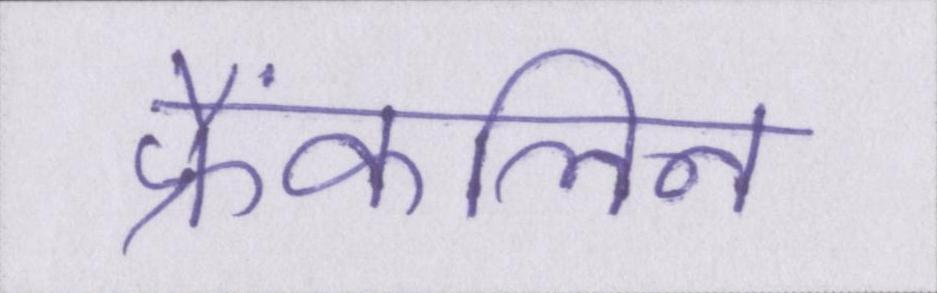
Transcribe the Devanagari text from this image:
फ्रैंकलिन